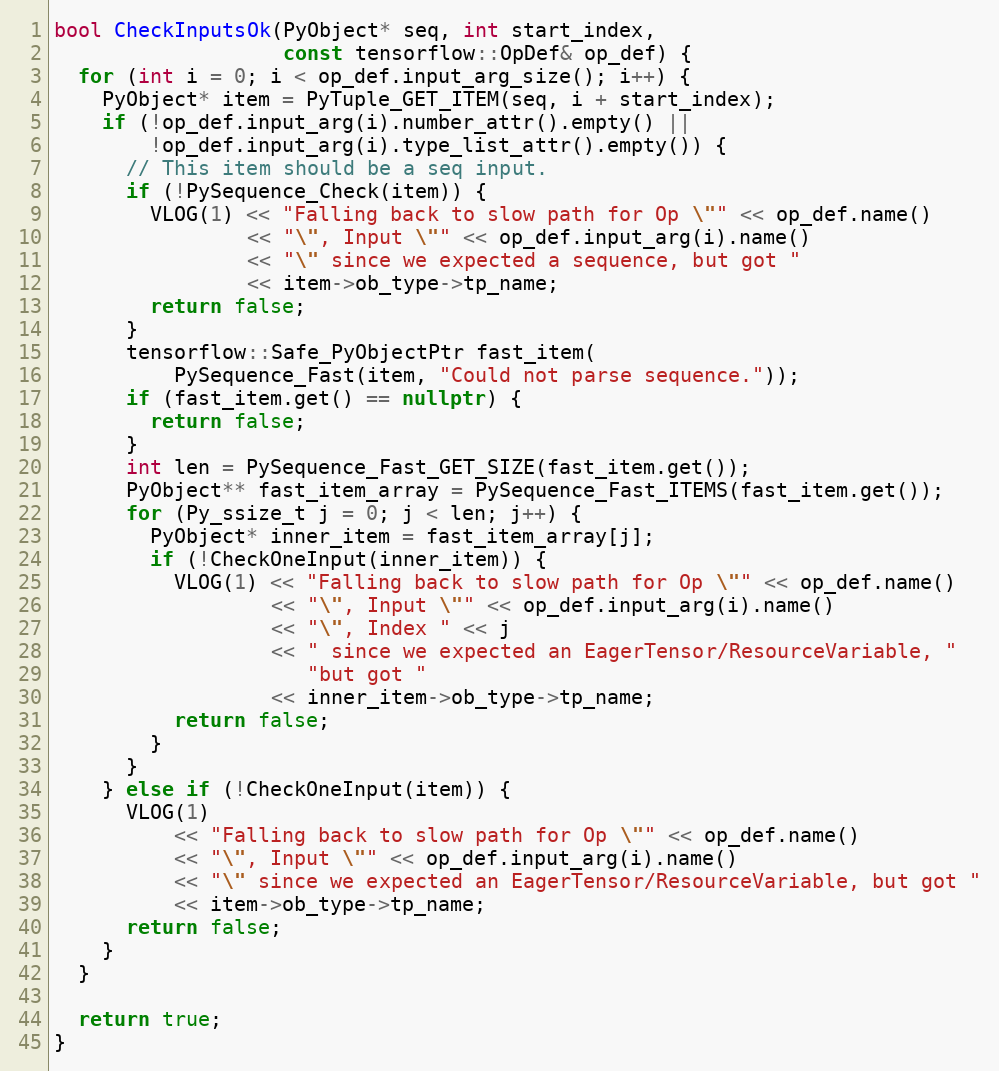
Language: C++
bool CheckInputsOk(PyObject* seq, int start_index,
                   const tensorflow::OpDef& op_def) {
  for (int i = 0; i < op_def.input_arg_size(); i++) {
    PyObject* item = PyTuple_GET_ITEM(seq, i + start_index);
    if (!op_def.input_arg(i).number_attr().empty() ||
        !op_def.input_arg(i).type_list_attr().empty()) {
      // This item should be a seq input.
      if (!PySequence_Check(item)) {
        VLOG(1) << "Falling back to slow path for Op \"" << op_def.name()
                << "\", Input \"" << op_def.input_arg(i).name()
                << "\" since we expected a sequence, but got "
                << item->ob_type->tp_name;
        return false;
      }
      tensorflow::Safe_PyObjectPtr fast_item(
          PySequence_Fast(item, "Could not parse sequence."));
      if (fast_item.get() == nullptr) {
        return false;
      }
      int len = PySequence_Fast_GET_SIZE(fast_item.get());
      PyObject** fast_item_array = PySequence_Fast_ITEMS(fast_item.get());
      for (Py_ssize_t j = 0; j < len; j++) {
        PyObject* inner_item = fast_item_array[j];
        if (!CheckOneInput(inner_item)) {
          VLOG(1) << "Falling back to slow path for Op \"" << op_def.name()
                  << "\", Input \"" << op_def.input_arg(i).name()
                  << "\", Index " << j
                  << " since we expected an EagerTensor/ResourceVariable, "
                     "but got "
                  << inner_item->ob_type->tp_name;
          return false;
        }
      }
    } else if (!CheckOneInput(item)) {
      VLOG(1)
          << "Falling back to slow path for Op \"" << op_def.name()
          << "\", Input \"" << op_def.input_arg(i).name()
          << "\" since we expected an EagerTensor/ResourceVariable, but got "
          << item->ob_type->tp_name;
      return false;
    }
  }

  return true;
}